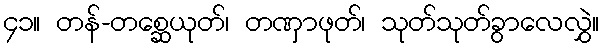
၄၁။ တန်-တစ္ဆေယုတ်၊ တဏှာဖုတ်၊ သုတ်သုတ်ခွာလေလွှဲ။